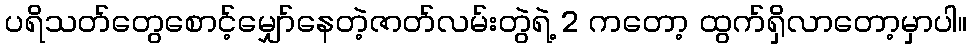
ပရိသတ်တွေစောင့်မျှော်နေတဲ့ဇာတ်လမ်းတွဲရဲ့ 2 ကတော့ ထွက်ရှိလာတော့မှာပါ။